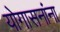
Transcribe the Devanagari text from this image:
योगासनांना